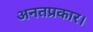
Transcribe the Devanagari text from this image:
अनतप्रकार।